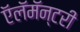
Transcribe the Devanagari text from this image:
ऍलॅमॅन्टरी